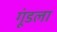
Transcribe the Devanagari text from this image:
गूंडला